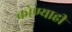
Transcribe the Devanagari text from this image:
कोण्याही